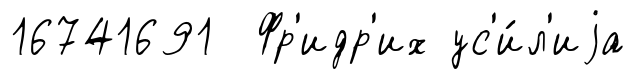
16741691 Фр'идр'их ус'и́л'иjа